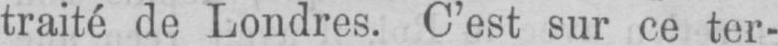
traité de Londres. C’est sur ce ter-